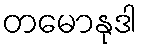
တမောနုဒါ